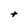
Character: t